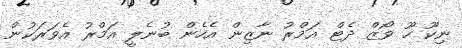
ނިކޫ ހޫ ވޯޒް ދެޓް އަމްރު ނާޒިން އެހެން ބުނެލީ އަމްރު އެވަރަކުން